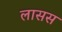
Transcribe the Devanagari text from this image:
लासस